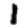
Digit: 1